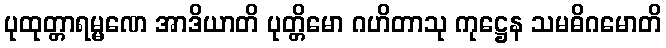
ပုထုတ္တာရမ္မဏေ အာဒိယာတိ ပုတ္တိမော ဂဟိတာသု ကုဋ္ဌေန သမဓိဂမောတိ